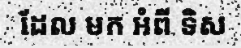
ដែល មក អំពី ទិស